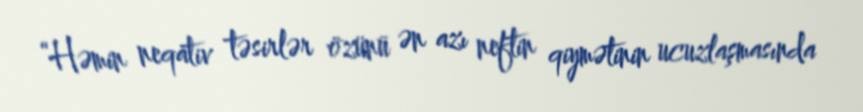
“Həmin neqativ təsirlər özünü ən azı neftin qiymətinin ucuzlaşmasında